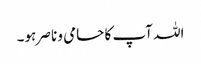
اللہ آپ کا حامی و ناصر ہو۔